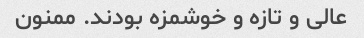
عالی و تازه و خوشمزه بودند. ممنون